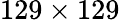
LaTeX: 129\times 129